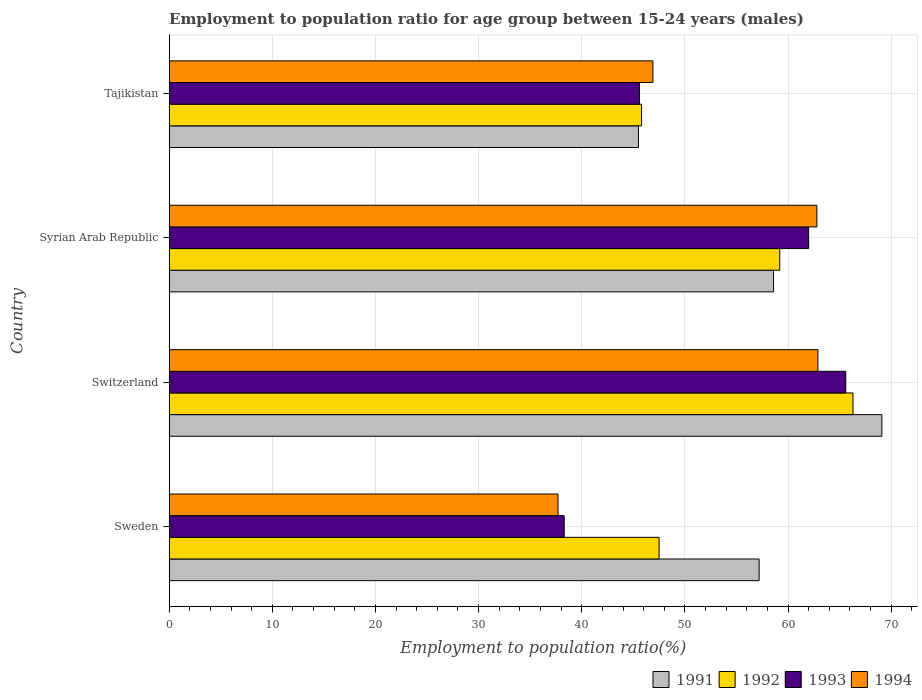
| Country | 1991 | 1992 | 1993 | 1994 |
 | --- | --- | --- | --- | --- |
 | Sweden | 57.2 | 47.5 | 38.3 | 37.7 |
 | Switzerland | 69.1 | 66.3 | 65.6 | 62.9 |
 | Syrian Arab Republic | 58.6 | 59.2 | 62 | 62.8 |
 | Tajikistan | 45.5 | 45.8 | 45.6 | 46.9 |